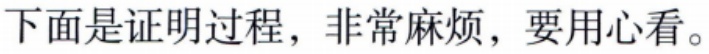
下面是证明过程，非常麻烦，要用心看。